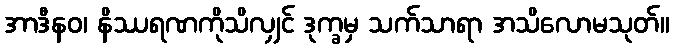
အာဒီနဝ၊ နိဿရဏကိုသိလျှင် ဒုက္ခမှ သက်သာရာ အသိလောမသုတ်။